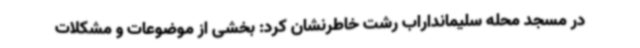
در مسجد محله سلیمانداراب رشت خاطرنشان کرد: بخشی از موضوعات و مشکلات